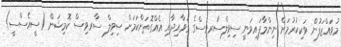
މުވައްޒަފުން ވަކިކުރުމަށް ނިންމާފައިވަނީ ސިވިލްސާރވިސްގެ ޤަވާއިދާއި އެއްގޮތަށްކަމަށް ސިވިލް ސާރވިސް ކޮމިޝަން (ސީއެސްސީ)